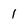
Character: 1